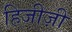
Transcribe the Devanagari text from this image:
हिजीज़ी